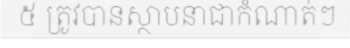
៥ ត្រូវបានស្ថាបនាជាកំណាត់ៗ